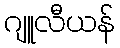
ဂျူလီယန်